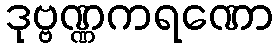
ဒုဗ္ဗဏ္ဏကရဏော